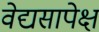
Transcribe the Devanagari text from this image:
वेद्यसापेक्ष